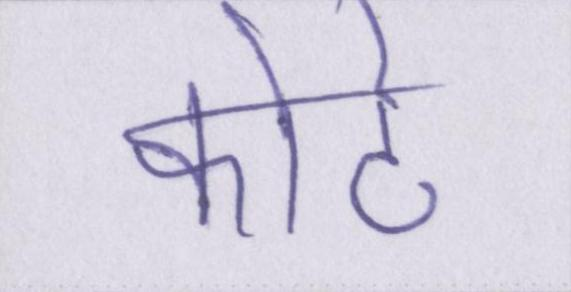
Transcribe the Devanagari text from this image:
कोटे